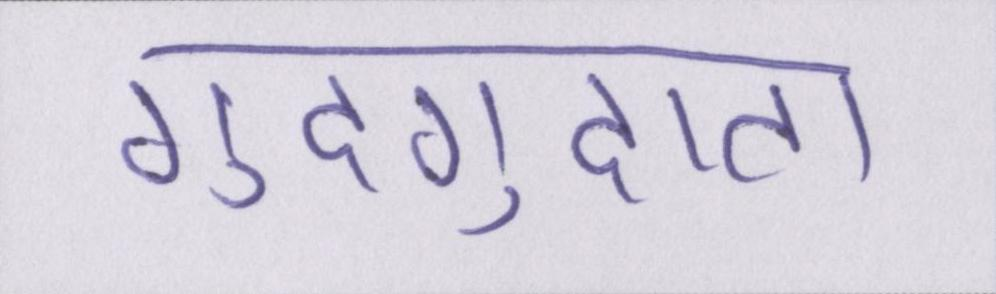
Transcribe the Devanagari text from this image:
गुदगुदाता